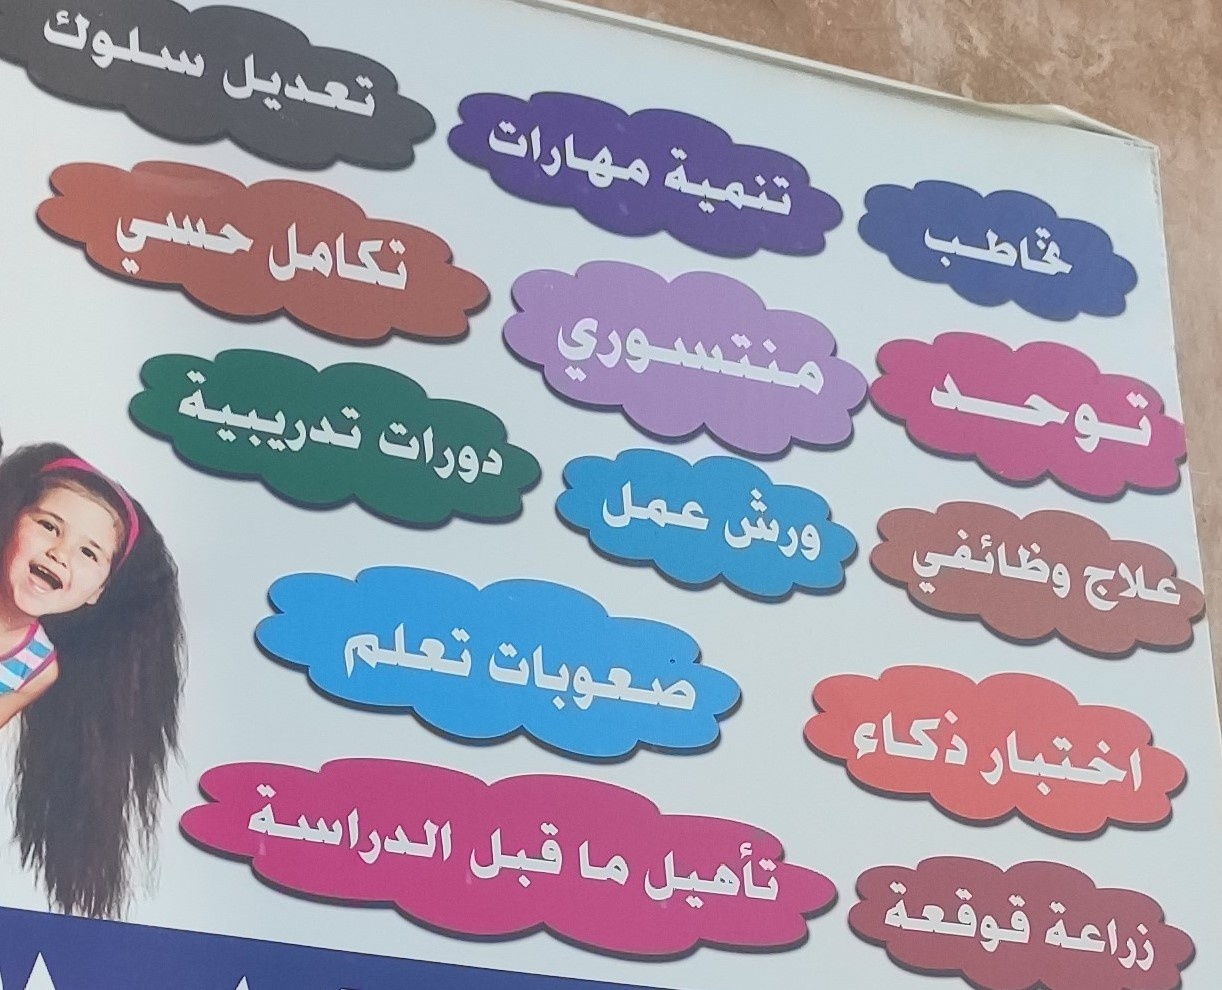
Text in image: سلوك تعديل مهارات تنمية حسي تخاطب تكامل منتسوري توحد تدريبية دورات عمل ورش وظائفي علاج تعلم صعوبات ذكاء اختبار الدراسة قبل ما تأهيل قوقعة زراعة